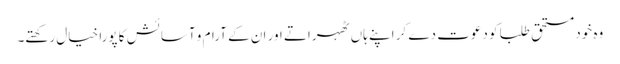
وہ خود مستحق طلبا کو دعوت دے کر اپنے ہاں ٹھہراتے اور ان کے آرام و آسائش کا پورا خیال رکھتے۔